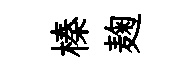
榛麹